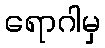
ရောဂါမှ